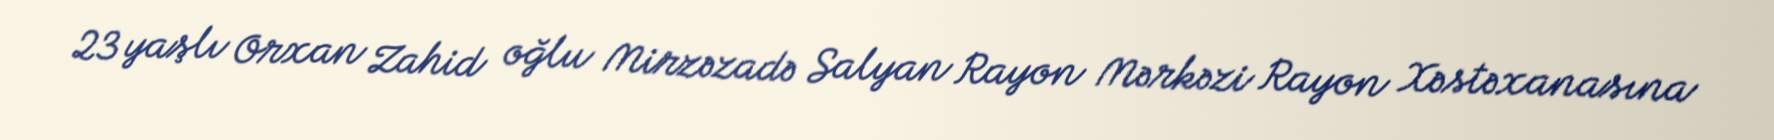
23 yaşlı Orxan Zahid oğlu Mirzəzadə Salyan Rayon Mərkəzi Rayon Xəstəxanasına